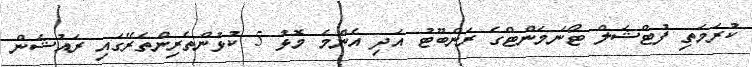
ކުރަމަތި ފުޓްޝަލް ޓޯނަމަންޓްގެ ރަންބޫޓު އަދި އެންމެ މޮޅު 5 ކުޅުންތެރިންތެރޭގައި ރައުޝަން